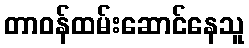
တာဝန်ထမ်းဆောင်နေသူ